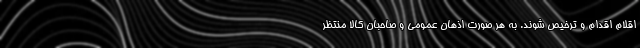
اقلام اقدام و ترخیص شوند. به هر صورت اذهان عمومی و صاحبان کالا منتظر